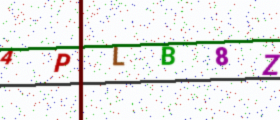
Text: 4PLB8Z